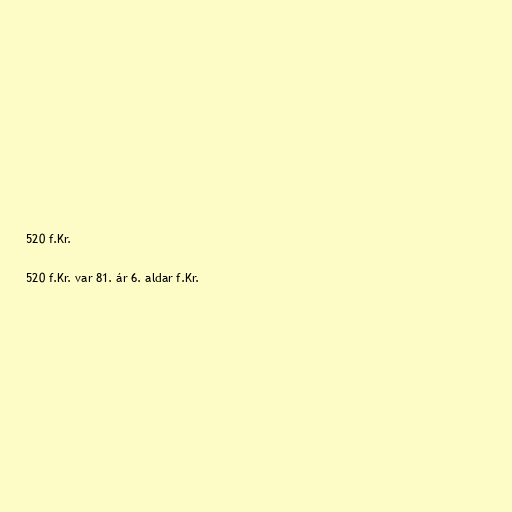
520 f.Kr.

520 f.Kr. var 81. ár 6. aldar f.Kr.